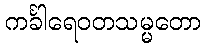
ကင်္ခါရေဝတသမ္မတော